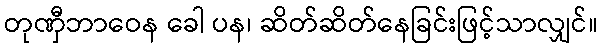
တုဏှီဘာဝေန ခေါ ပန၊ ဆိတ်ဆိတ်နေခြင်းဖြင့်သာလျှင်။